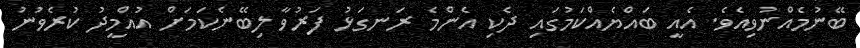
ބޭނުމެއްނުވިއެވެ. އެއީ ބައްޔެއްކަމުގައި ދެކި އެންމެ ރަނގަޅު ފަރުވާ ލިބޭނެކަމަށް އުއްމީދު ކުރެވުނު